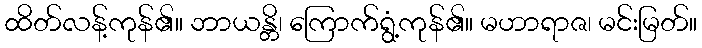
ထိတ်လန့်ကုန်၏။ ဘာယန္တိ၊ ကြောက်ရွံ့ကုန်၏။ မဟာရာဇ၊ မင်းမြတ်။